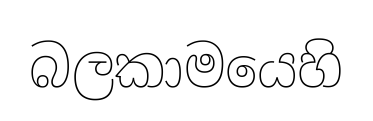
බලකාමයෙහි